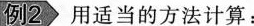
例2 用适当的方法计算：